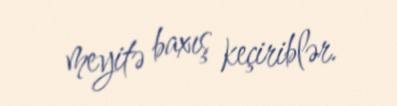
meyitə baxış keçiriblər.